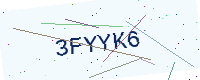
Text: 3FYYK6